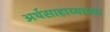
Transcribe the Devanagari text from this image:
अर्थसाहाय्याच्या